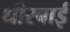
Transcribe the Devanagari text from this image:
धीरबाई